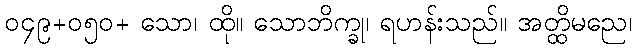
၀၄၉+၀၅၀+ သော၊ ထို။ သောဘိက္ခု၊ ရဟန်းသည်။ အတ္ထိမညေ၊